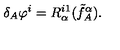
\delta _ { A } \varphi ^ { i } = R _ { \alpha } ^ { i 1 } ( \tilde { f } _ { A } ^ { \alpha } ) .